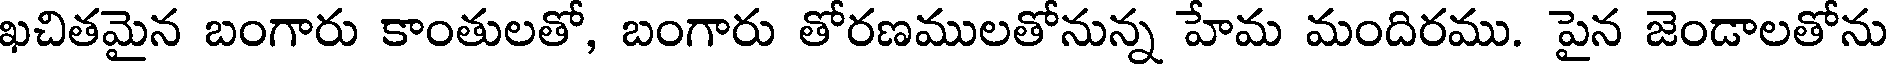
ఖచితమైన బంగారు కాంతులతో, బంగారు తోరణములతోనున్న హేమ మందిరము. పైన జెండాలతోను